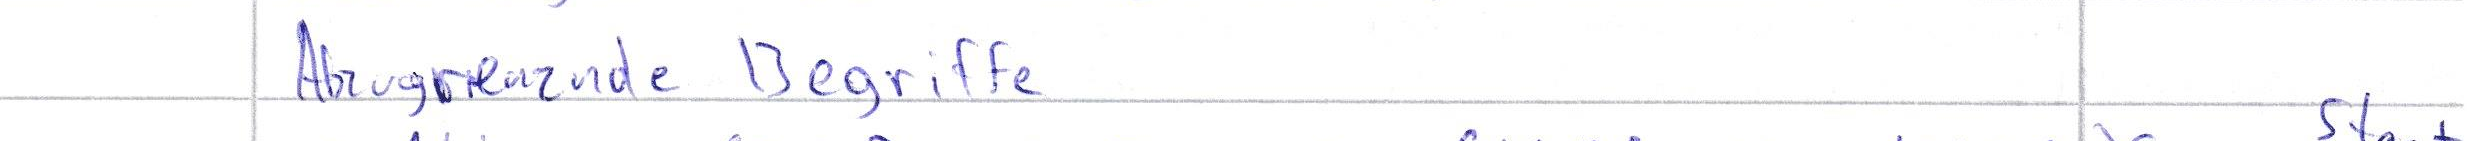
Abzugrenznde Begriffe